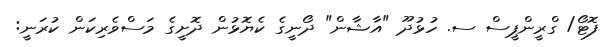
ފޮޓޯ/ ގްރީންޕީސް ސ. ހުޅުދޫ "އާޝާން" ދޯނީގެ ކެޔޮޅުން ދޮށީގެ މަސްވެރިކަން ކުރަނީ: